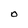
Character: O